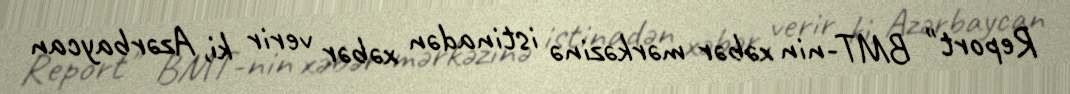
Report" BMT-nin xəbər mərkəzinə istinadən xəbər verir ki, Azərbaycan